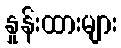
နှုန်းထားများ